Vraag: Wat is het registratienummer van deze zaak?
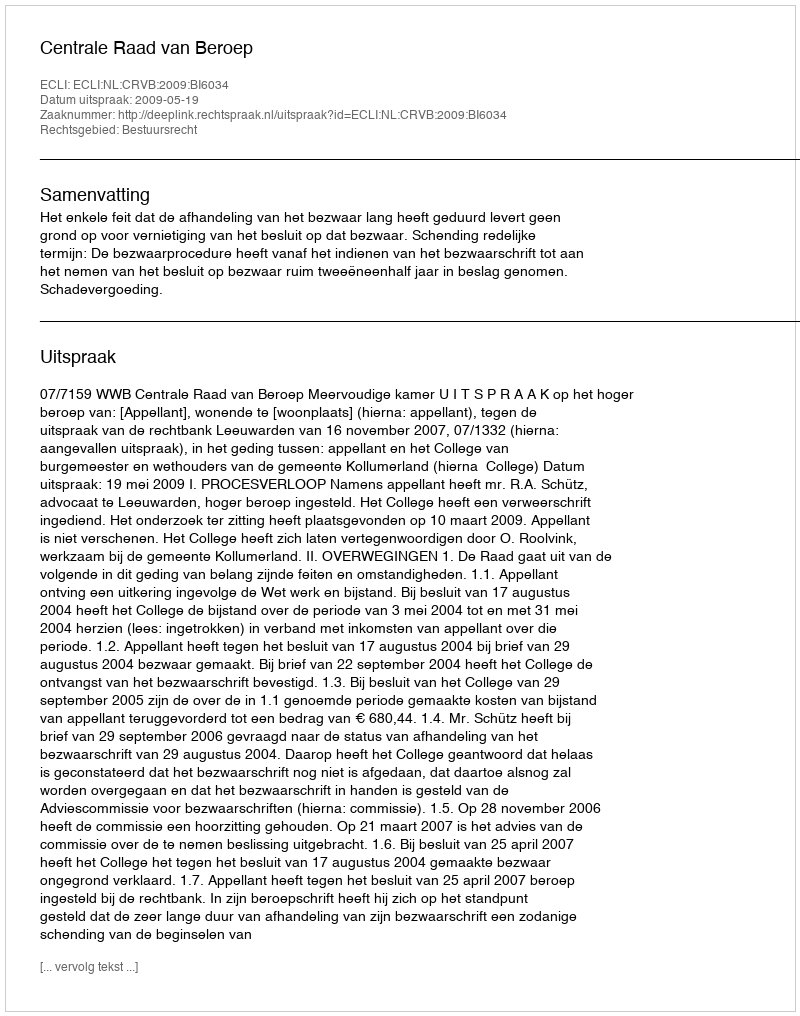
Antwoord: http://deeplink.rechtspraak.nl/uitspraak?id=ECLI:NL:CRVB:2009:BI6034